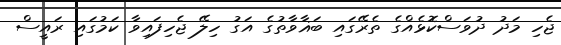
ޖެހި މަދު ދުވަސްކޮޅެއްގެ ތެރޭގައި ބަޣާވާތުގެ އަގު ހިލޭ ޖެހިފައިވާ ކަމުގައި ރައީސް